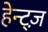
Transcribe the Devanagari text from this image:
हेन्ट्ज़